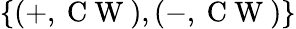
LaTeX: \{ (+,\mathrm{~C~W~}),(-,\mathrm{~C~W~})\}